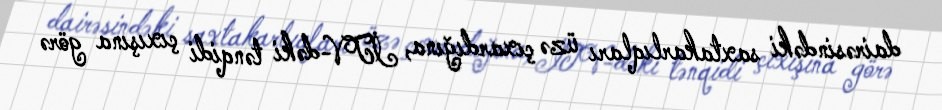
dairəsindəki saxtakarlıqları üzə çıxardığına, İTV-dəki tənqidi çıxışına görə